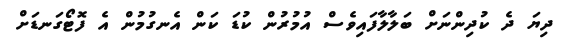
ދިޔަ ދެ ކުދިންނަށް ބަލާލާފައިވެސް އުމުރުން ކުޑަ ކަން އެނގުމުން އެ ފޮޓޯގަނޑަށް